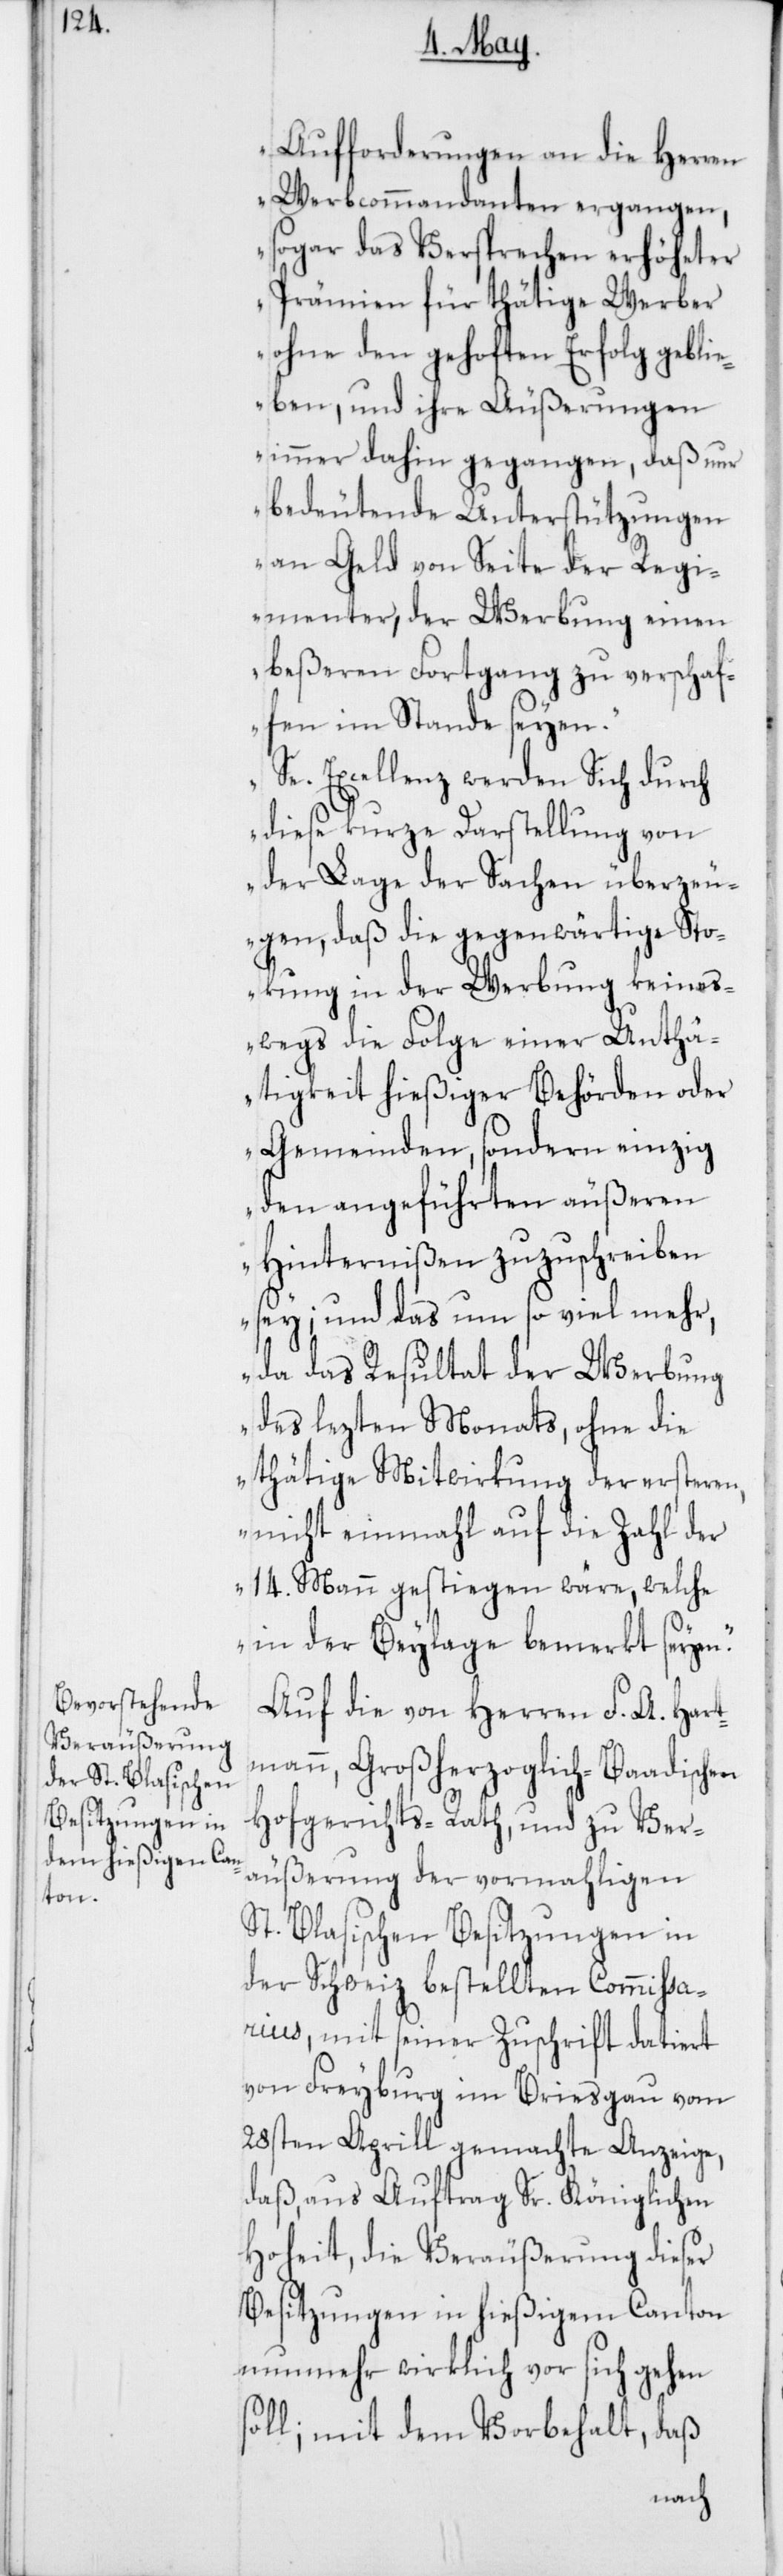
Aufforderungen an die Herren
Werbcommandanten ergangen,
sogar das Versprechen erhöheter
Prämien für thätige Werber
ohne den gehofften Erfolg gebli¬
eben, und ihre Äußerungen
immer dahin gegangen, daß nur
bedeutende Unterstützungen
an Geld von Seite der Regi¬
menter, der Werbung einen
beßeren Fortgang zu verschaf¬
fen im Stande seyen.
Se. Excellenz werden Sich durch
diese kurze Darstellung von
der Lage der Sachen überzeu¬
gen, daß die gegenwärtige Sto¬
kung in der Werbung keines¬
wegs die Folge einer Unthä¬
tigkeit hießiger Behörden oder
Gemeinden, sondern einzig
den angeführten äußeren
Hindernißen zuzuschreiben
sey; und das um so viel mehr,
da das Resultat der Werbung
des lezten Monats, ohne die
thätige Mitwirkung der ersteren,
nicht einmahl auf die Zahl der
14. Mann gestiegen wäre, welche
in der Beylage bemerkt seyen.“
Auf die von Herren F. A. Hart¬
mann, Großherzoglich-Baadischen
Hofgerichts-Rath, und zu Ver¬
äußerung der vormahligen
St. Blasischen-Besitzungen in
der Schweiz bestellten Commißa¬
rius, mit seiner Zuschrift datiert
von Freyburg im Breisgau vom
28sten Aprill gemachte Anzeige,
daß, aus Auftrag Sr. Königlichen
Hoheit, die Veräußerung dieser
Besitzungen in hießigem Canton
nunmehr wirklich vor sich gehen
soll; mit dem Vorbehalt, daß